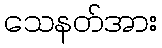
သေနတ်အား